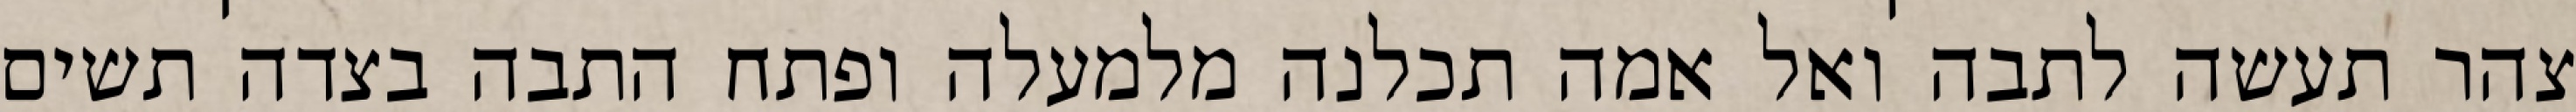
צהר תעשה לתבה ואל אמה תכלנה מלמעלה ופתח התבה בצדה תשים